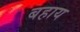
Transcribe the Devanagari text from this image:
बहाय